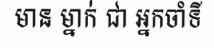
មាន ម្នាក់ ជា អ្នកចាំទី